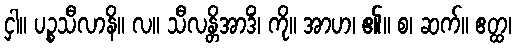
ငှါ။ ပဉ္စသီလာနိ။ လ။ သီလန္တိအာဒိံ၊ ကို။ အာဟ၊ ၏။ စ၊ ဆက်။ ဧတ္ထ၊